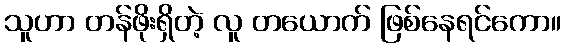
သူဟာ တန်ဖိုးရှိတဲ့ လူ တယောက် ဖြစ်နေရင်ကော။